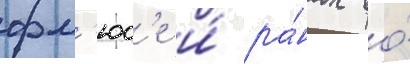
фл'юс'е и́ ра́нах во́